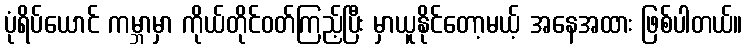
ပုံရိပ်ယောင် ကမ္ဘာမှာ ကိုယ်တိုင်ဝတ်ကြည့်ပြီး မှာယူနိုင်တော့မယ့် အနေအထား ဖြစ်ပါတယ်။